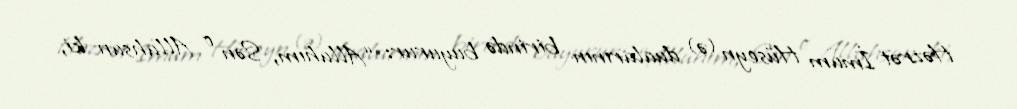
Həzrət İmam Hüseyn (ə) dualarının birində buyurur: “Allahım, Sən o Allahsan ki,